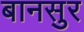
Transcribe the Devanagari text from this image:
बानसुर